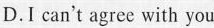
D.I can't agree with you